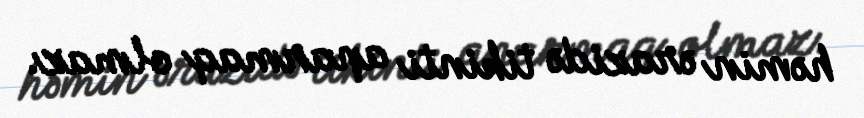
həmin ərazidə tikinti aparmaq olmaz.